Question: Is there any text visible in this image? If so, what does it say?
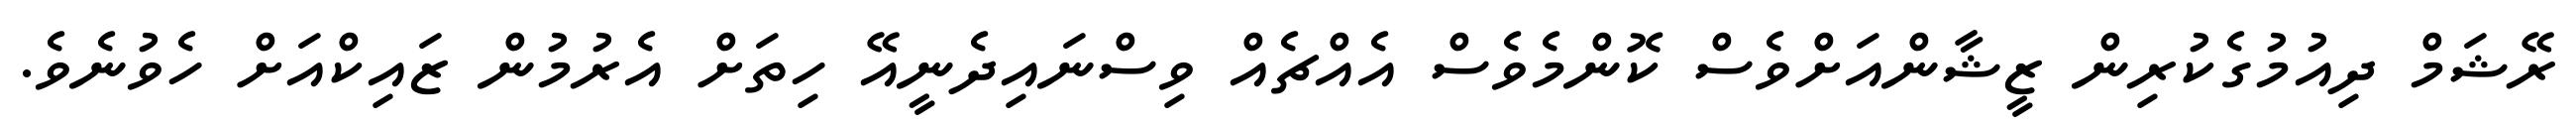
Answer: ރޭޝަމް ދިއުމުގެކުރިން ޒީޝާންއަށްވެސް ކޮންމެވެސް އެއްޗެއް ވިސްނައިދެނީއޭ ހިތަށް އެރުމުން ޒައިކްއަށް ހެވުނެވެ.